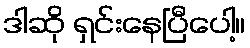
ဒါဆို ရှင်းနေပြီပေါ့။